Indian journal of veterinary science and animal husbandry - Volume 11,
Year: 1941
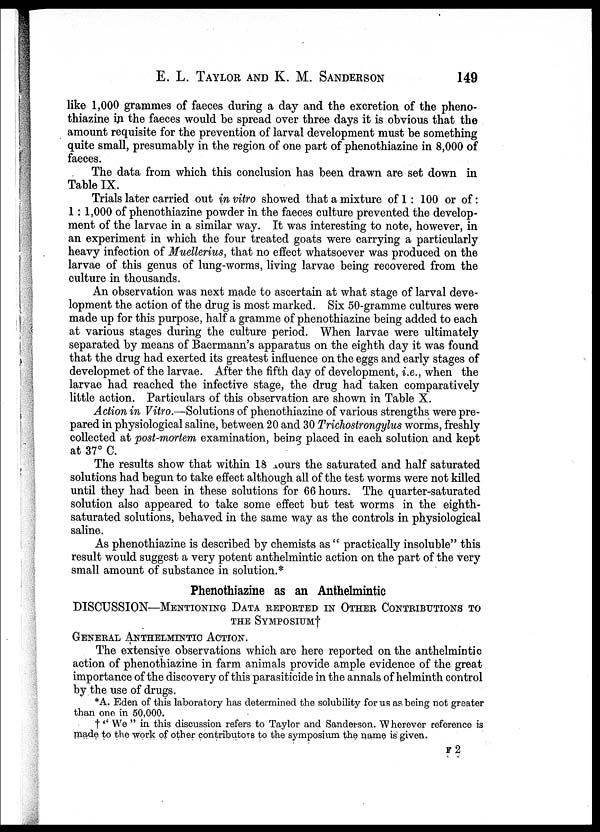
E. L. TAYLOR AND K. M.
SANDERSON
149
like 1,000 grammes of faeces during a day and the excretion of the pheno-
thiazine in the faeces would be spread over three days it is obvious that the
amount requisite for the prevention of larval development must be something
quite small, presumably in the region of one part of phenothiazine in 8,000 of
faeces.
The data from which this conclusion has been drawn are set down in
Table IX.
Trials later carried out in vitro showed that a mixture of 1 : 100 or of:
1 : 1,000 of phenothiazine powder in the faeces culture prevented the develop-
ment of the larvae in a similar way. It was interesting to note, however, in
an experiment in which the four treated goats were carrying a particularly
heavy infection of Muellerius, that no effect whatsoever was produced on the
larvae of this genus of lung-worms, living larvae being recovered from the
culture in thousands.
An observation was next made to ascertain at what stage of larval deve-
lopment the action of the drug is most marked. Six 50-gramme cultures were
made up for this purpose, half a gramme of phenothiazine being added to each
at various stages during the culture period. When larvae were ultimately
separated by means of Baermann's apparatus on the eighth day it was found
that the drug had exerted its greatest influence on the eggs and early stages of
developmet of the larvae. After the fifth day of development, i.e., when the
larvae had reached the infective stage, the drug had taken comparatively
little action. Particulars of this observation are shown in Table X.
Action in Vitro.—Solutions of phenothiazine of various strengths were pre-
pared in physiological saline, between 20 and 30 Trichostrongylus worms, freshly
collected at post-mortem examination, being placed in each solution and kept
at 37° C.
The results show that within 18 hours the saturated and half saturated
solutions had begun to take effect although all of the test worms were not killed
until they had been in these solutions for 66 hours. The quarter-saturated
solution also appeared to take some effect but test worms in the eighth-
saturated solutions, behaved in the same way as the controls in physiological
saline.
As phenothiazine is described by chemists as " practically insoluble" this
result would suggest a very potent anthelmintic action on the part of the very
small amount of substance in solution.*
Phenothiazine as an Anthelmintic
DISCUSSION—MENTIONING DATA REPORTED IN OTHER CONTRIBUTIONS TO
THE SYMPOSIUM†
GENERAL ANTHELMINTIC ACTION.
The extensive observations which are here reported on the anthelmintic
action of phenothiazine in farm animals provide ample evidence of the great
importance of the discovery of this parasiticide in the annals of helminth control
by the use of drugs.
*A. Eden of this laboratory has determined the solubility for us as being not greater
than one in 50,000.
† '' We " in this discussion refers to Taylor and Sanderson. Wherever reference is
made to the work of other contributors to the symposium the name is given.
F 2